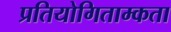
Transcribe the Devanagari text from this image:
प्रतियोगिताम्कता